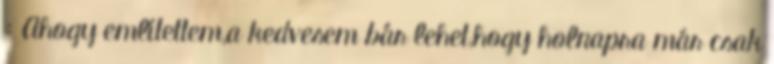
: Ahogy említettem,a kedvesem bár lehet,hogy holnapra már csak